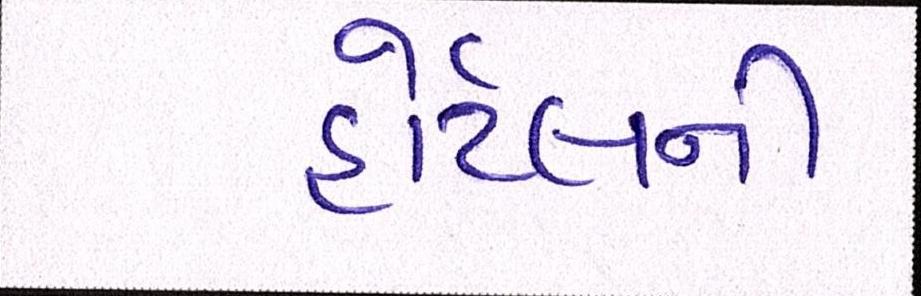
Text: હોટેલની